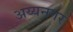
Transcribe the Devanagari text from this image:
अय्यनगर